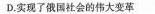
D.实现了俄国社会的伟大变革